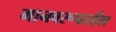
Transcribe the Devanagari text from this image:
मानवरूपातील